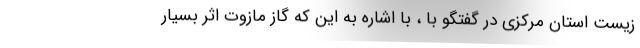
زیست استان مرکزی در گفتگو با ، با اشاره به این که گاز مازوت اثر بسیار